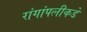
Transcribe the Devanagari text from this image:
रांगांपलीकडे